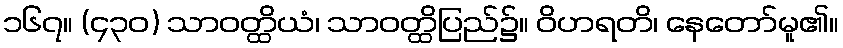
၁၆၇။ (၄၃၀) သာဝတ္ထိယံ၊ သာဝတ္ထိပြည်၌။ ဝိဟရတိ၊ နေတော်မူ၏။